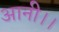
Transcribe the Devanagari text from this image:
आनी।।